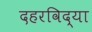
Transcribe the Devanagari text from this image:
दहरविद्या